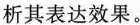
析其表达效果。